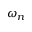
\omega _ { n }